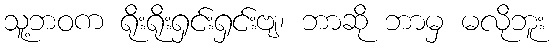
သူ့ဘဝက ရိုးရိုးရှင်းရှင်းဗျ၊ ဘာဆို ဘာမှ မလိုဘူး